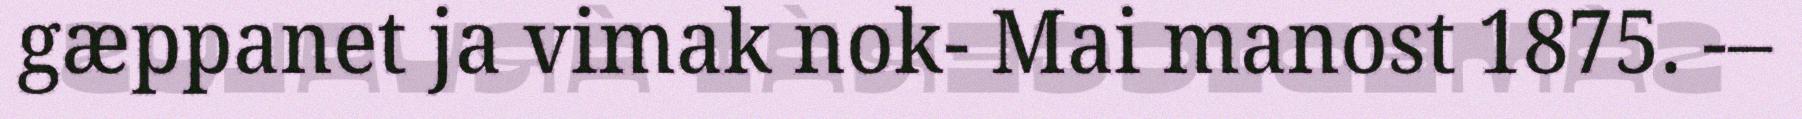
gæppanet ja vimak nok- Mai manost 1875. -–